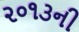
૨૦૧૩ની